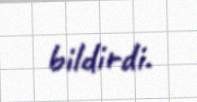
bildirdi.